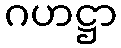
ဂဟဋ္ဌာ